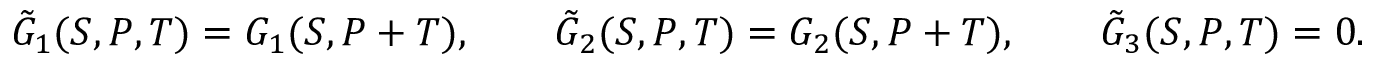
\tilde { G } _ { 1 } ( S , P , T ) = G _ { 1 } ( S , P + T ) , \qquad \tilde { G } _ { 2 } ( S , P , T ) = G _ { 2 } ( S , P + T ) , \qquad \tilde { G } _ { 3 } ( S , P , T ) = 0 .